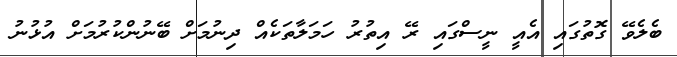
ބެލެވޭ ގޮތުގައި އެއީ ނީސްގައި ރޭ އިތުރު ހަމަލާތަކެއް ދިނުމަށް ބޭނުންކުރުމަށް އުޅުނު